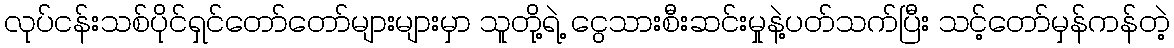
လုပ်ငန်းသစ်ပိုင်ရှင်တော်တော်များများမှာ သူတို့ရဲ့ ငွေသားစီးဆင်းမှုနဲ့ပတ်သက်ပြီး သင့်တော်မှန်ကန်တဲ့